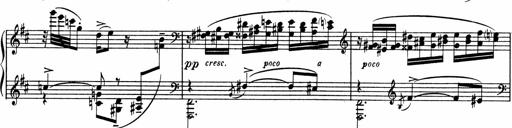
Title: Sonatine pour piano
Composer: Albert Roussel